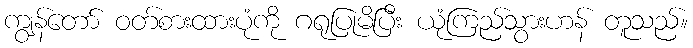
ကျွန်တော် ဝတ်စားထားပုံကို ဂရုပြုမိပြီး ယုံကြည်သွားဟန် တူသည်။